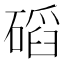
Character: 𥔿